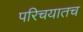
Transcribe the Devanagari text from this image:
परिचयातच